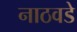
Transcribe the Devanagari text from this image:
नाठवडे